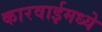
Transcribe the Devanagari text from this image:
कारवाईमध्ये